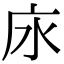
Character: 𢇤